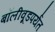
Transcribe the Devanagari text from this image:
बॉलीवूडपर्यंत